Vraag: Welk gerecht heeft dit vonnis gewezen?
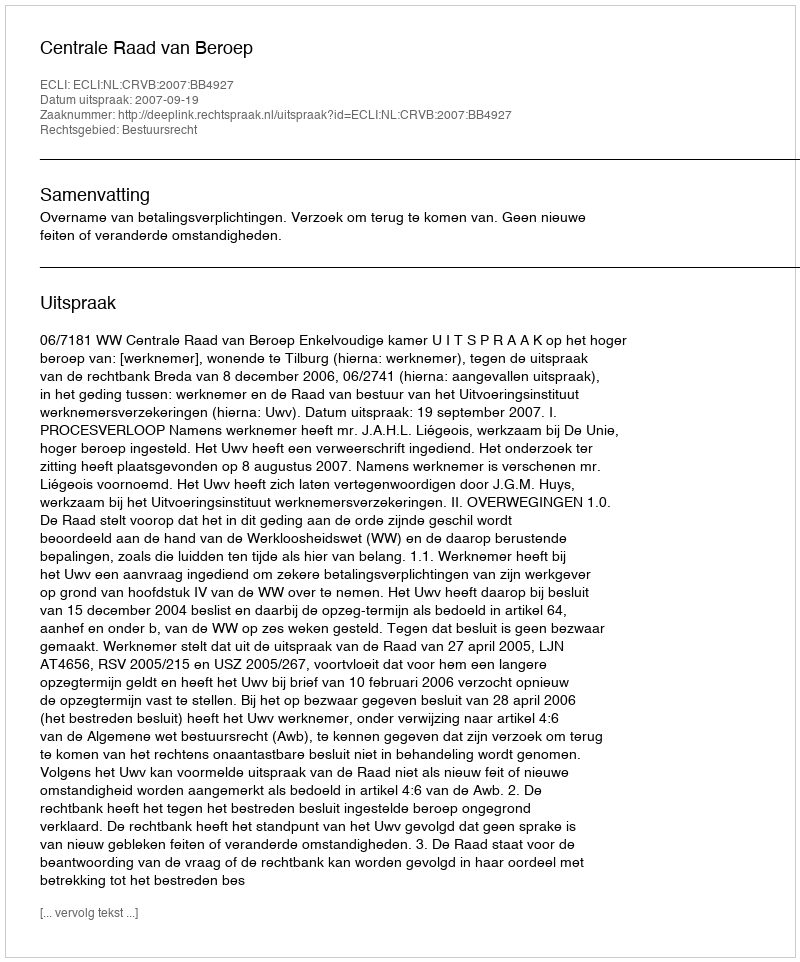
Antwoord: Centrale Raad van Beroep